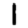
Digit: 1